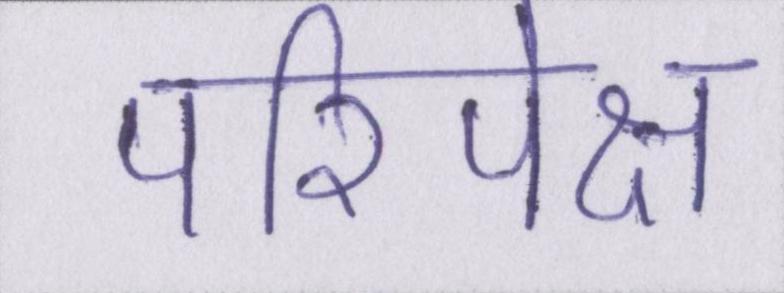
परिपेक्ष